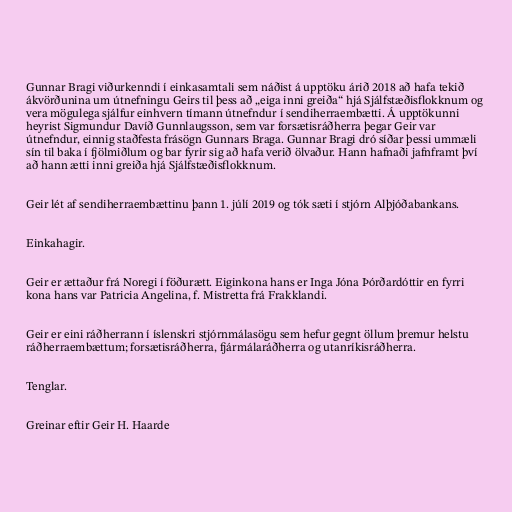
Gunnar Bragi viðurkenndi í einkasamtali sem náðist á upptöku árið 2018 að hafa tekið
ákvörðunina um útnefningu Geirs til þess að „eiga inni greiða“ hjá Sjálfstæðisflokknum og
vera mögulega sjálfur einhvern tímann útnefndur í sendiherraembætti. Á upptökunni
heyrist Sigmundur Davíð Gunnlaugsson, sem var forsætisráðherra þegar Geir var
útnefndur, einnig staðfesta frásögn Gunnars Braga. Gunnar Bragi dró síðar þessi ummæli
sín til baka í fjölmiðlum og bar fyrir sig að hafa verið ölvaður. Hann hafnaði jafnframt því
að hann ætti inni greiða hjá Sjálfstæðisflokknum.

Geir lét af sendiherraembættinu þann 1. júlí 2019 og tók sæti í stjórn Alþjóðabankans.

Einkahagir.

Geir er ættaður frá Noregi í föðurætt. Eiginkona hans er Inga Jóna Þórðardóttir en fyrri
kona hans var Patricia Angelina, f. Mistretta frá Frakklandi.

Geir er eini ráðherrann í íslenskri stjórnmálasögu sem hefur gegnt öllum þremur helstu
ráðherraembættum; forsætisráðherra, fjármálaráðherra og utanríkisráðherra.

Tenglar.

Greinar eftir Geir H. Haarde